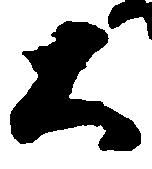
大